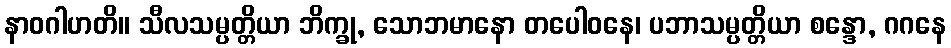
နာဝဂါဟတိ။ သီလသမ္ပတ္တိယာ ဘိက္ခု, သောဘမာနော တပေါဝနေ၊ ပဘာသမ္ပတ္တိယာ စန္ဒော, ဂဂနေ